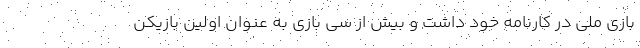
بازي ملي در كارنامه خود داشت و بيش از سي بازي به عنوان اولين بازيكن